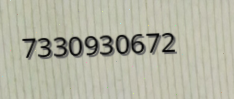
7330930672